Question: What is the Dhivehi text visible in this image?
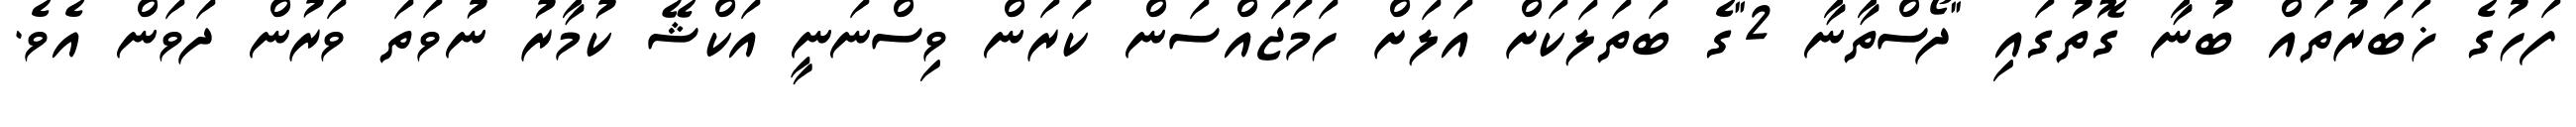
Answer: ފަހުގެ ޚަބަރުތައް ބުނާ ގޮތުގައި "ދޯސްތާނާ 2"ގެ ބަތަލަކަށް އަލަށް ހަމަޖައްސަން ކަރަން ވިސްނަނީ އަކްޝޭ ކުމާރު ނުވަތަ ވަރުން ދަވަން އެވެ.